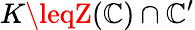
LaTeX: K\leqZ(\mathbb{C})\cap\mathbb{C}^{\prime}